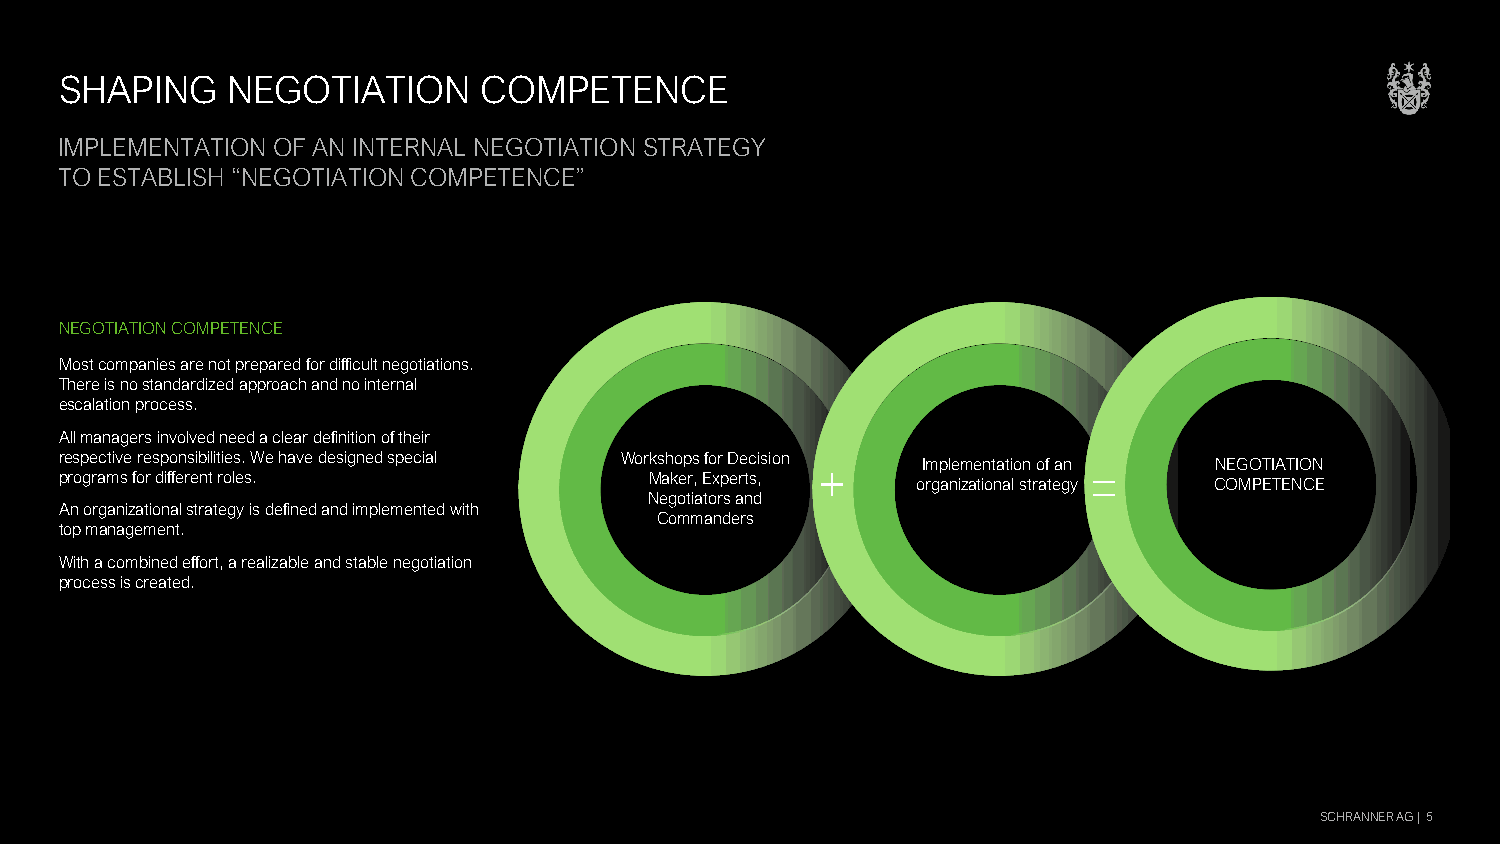
SHAPING    NEGOTIATION      COMPETENCE
 IMPLEMENTATION OF AN INTERNAL NEGOTIATION STRATEGY
 TO ESTABLISH “NEGOTIATION COMPETENCE”
 NEGOTIATION COMPETENCE
 Most companies are not prepared for difficult negotiations.
 There is no standardized approach and no internal
 escalation process.
 All managers involved need a clear definition of their
 r pe rs op ge rac mtiv se f ore r s dp ifo fen rs eib ni tl it ri oe ls e. s W . e have designed special Wor Mks ah ko ep rs , Efo xr p D ere tc s,is ion + oI rm gp anle im zae tin ot na ati lo sn t ro af t ea gn y = CN OEG MO PT EI TA ET NIO CN E
 Negotiators and
 An organizational strategy is defined and implemented with
 Commanders
 top management.
 With a combined effort, a realizable and stable negotiation
 process is created.
 SCHRANNER AG |5